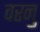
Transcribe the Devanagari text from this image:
वरनु